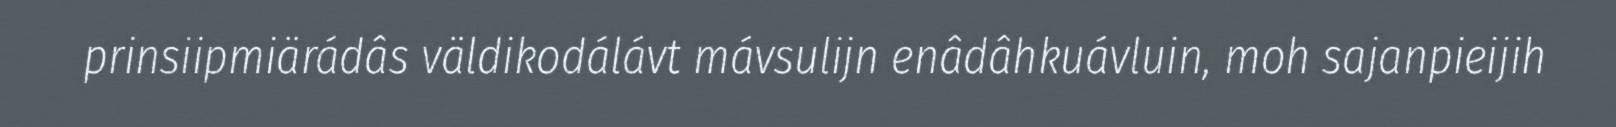
prinsiipmiärádâs väldikodálávt mávsulijn enâdâhkuávluin, moh sajanpieijih